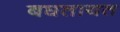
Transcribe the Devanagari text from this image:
बघतायत